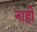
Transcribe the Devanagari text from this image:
नाहीँ